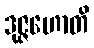
ဒုဇ္ဇဟောတိ